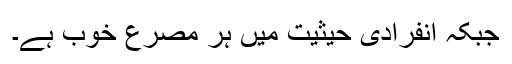
جبکہ انفرادی حیثیت میں ہر مصرع خوب ہے۔